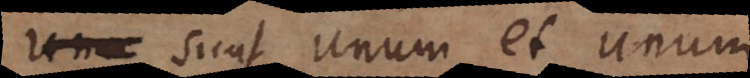
o sunt unum et unum.